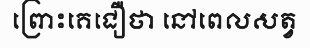
ព្រោះគេជឿថា នៅពេលសត្វ